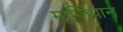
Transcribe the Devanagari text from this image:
मार्ज़िपान